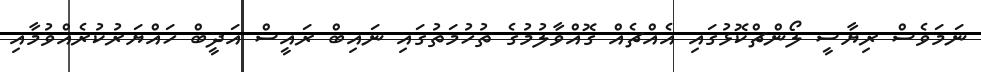
ނަމަވެސް ރިޔާސީ ލޯންޗްކޮޅުގައި އެއްޗެއް ގޮއްވާލުމުގެ ތުހުމަތުގައި ނައިބް ރައީސް އަދީބް ހައްޔަރުކުރެއްވުމާއި